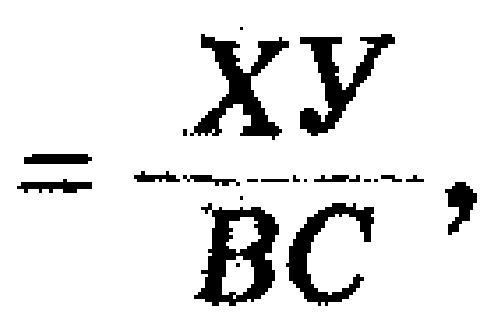
$=\frac{XY}{BC},$